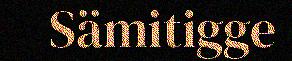
Sämitigge